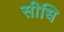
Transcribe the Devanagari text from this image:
सीधि